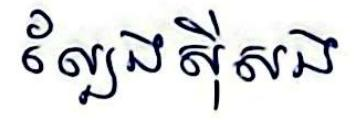
ល្បែងស៊ីសង